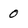
Character: 0